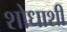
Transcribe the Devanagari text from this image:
शोधाशी